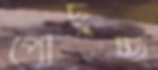
পৌঁছুচ্ছ